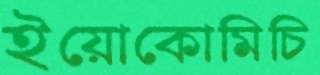
ইয়োকোমিচি